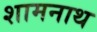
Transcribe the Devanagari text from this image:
शामनाथ